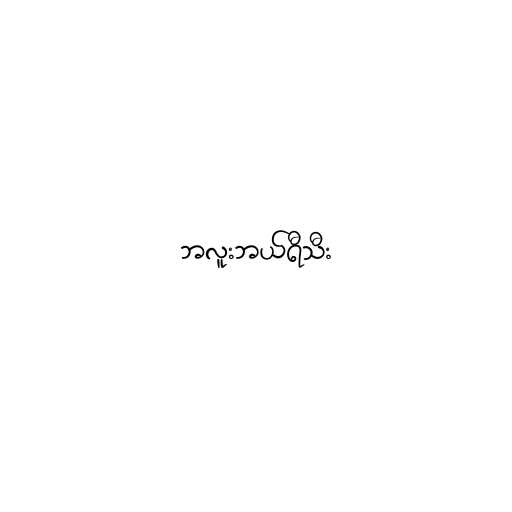
ဘလူးဘယ်ရီသီး